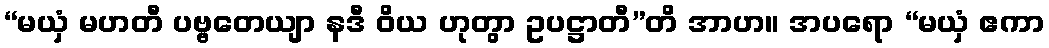
“မယှံ မဟတီ ပဗ္ဗတေယျာ နဒီ ဝိယ ဟုတွာ ဥပဋ္ဌာတီ”တိ အာဟ။ အပရော “မယှံ ဧကာ